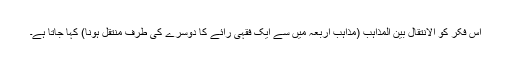
اس فکر کو الانتقال بین المذاہب (مذاہبِ اَربعہ میں سے ایک فقہی رائے کا دوسرے کی طرف منتقل ہونا) کہا جاتا ہے۔